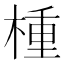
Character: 㮔